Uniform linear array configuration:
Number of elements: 64
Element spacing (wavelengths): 0.25
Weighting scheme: exponential
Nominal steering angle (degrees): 45
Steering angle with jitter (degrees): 45.237
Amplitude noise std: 0.05
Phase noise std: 0.05

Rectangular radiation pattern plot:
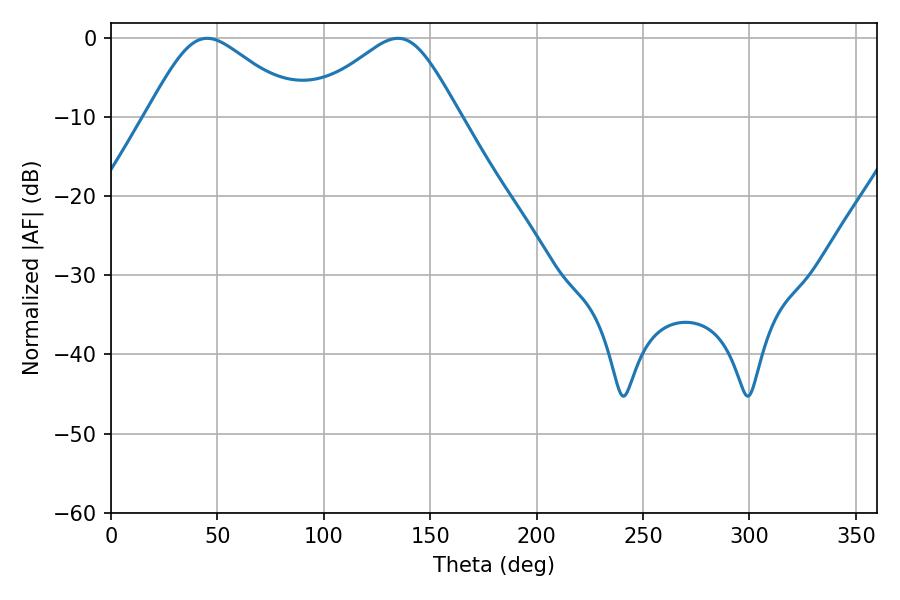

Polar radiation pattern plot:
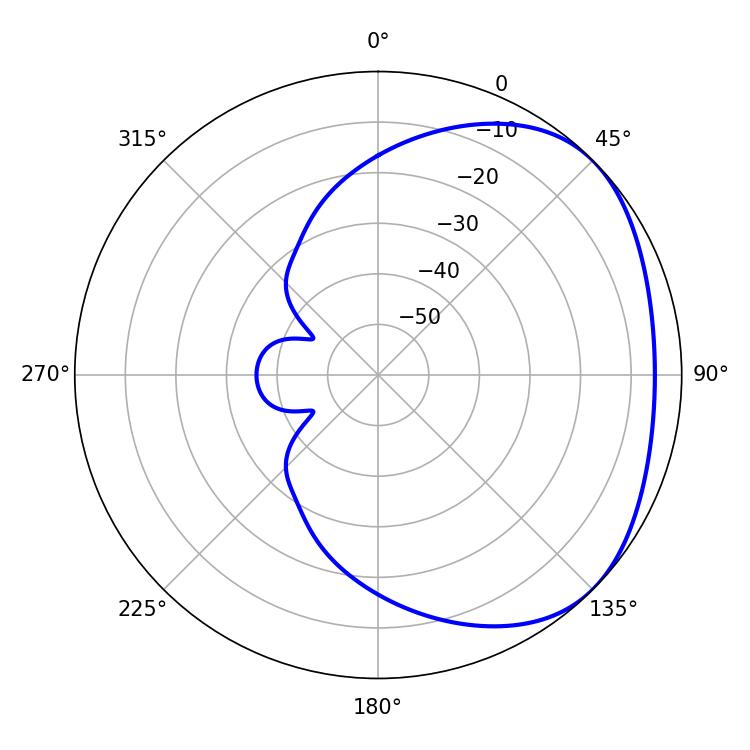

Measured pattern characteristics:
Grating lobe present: FALSE
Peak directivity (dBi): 2.733
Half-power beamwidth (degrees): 35.46
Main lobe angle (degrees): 45.18